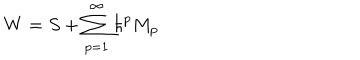
LaTeX: W = S + \sum _ { p = 1 } ^ { \infty } \hbar ^ { p } M _ { p }